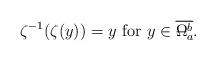
LaTeX: \begin{align*} \zeta^{-1}(\zeta(y))=y\mbox{ for }y\in \overline{\Omega_a^b\!\!\!\!\!\!\!-\ }. \end{align*}